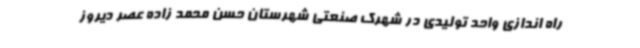
راه اندازی واحد تولیدی در شهرک صنعتی شهرستان حسن محمد زاده عصر دیروز